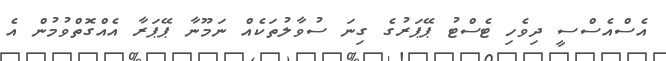
އެސްއެސްސީ ދިވެހި ޓެސްޓު ޕޭޕަރުގެ ގިނަ ސުވާލުތަކެއް ނަމޫނާ ޕޭޕަރާ އެއްގޮތްވުމުން އެ